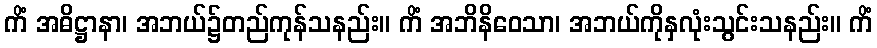
ကိံ အဓိဋ္ဌာနာ၊ အဘယ်၌တည်ကုန်သနည်း။ ကိံ အဘိနိဝေသာ၊ အဘယ်ကိုနှလုံးသွင်းသနည်း။ ကိံ